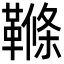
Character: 𩌜